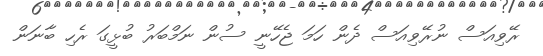
ރޭވިއަސް ނުރޭވިއަސް ދެން ހަމަ ޖެހޭނީ ސުން ނަމްބަރު ބުޅީގަ ރެހި ބާނަން